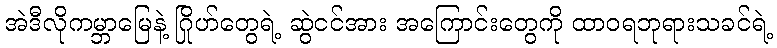
အဲဒီလိုကမ္ဘာမြေနဲ့ ဂြိုဟ်တွေရဲ့ ဆွဲငင်အား အကြောင်းတွေကို ထာဝရဘုရားသခင်ရဲ့